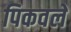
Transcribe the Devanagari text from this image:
पिकवले